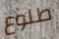
طلوع